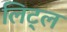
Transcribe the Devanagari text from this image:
लिट्‌ल